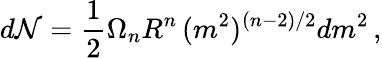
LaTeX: d{\mathcal{N}}=\frac{1}{2}\Omega_{n}R^{n}\, (m^{2})^{(n-2)/2}dm^{2}\, ,